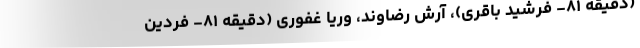
(دقیقه ۸۱- فرشید باقری)، آرش رضاوند، وریا غفوری (دقیقه ۸۱- فردین